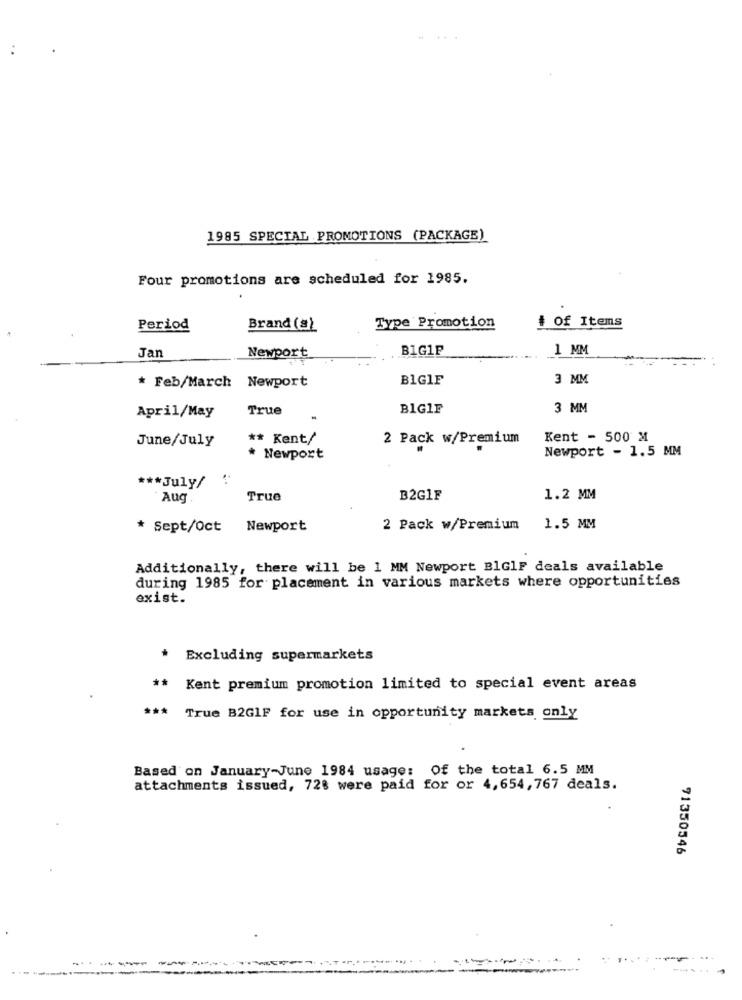
....
1985 SPECIAL PROMOTIONS (PACKAGE)
Four promotions are scheduled for 1985.
Type Promotion
+ Of Items
Period
Brand (s)
Jan
BIG1P
1 MM
Newport
B1GIF
3 MM
* Feb/March Newport
True
BIGIF
3 MM
April/May
June/July
** Kent/
2 Pack w/Premium
Kent - 500 M
Newport - 1.5 MM
* Newport
*** July/
Aug
True
B2G1F
1.2 MM
* Sept/Oct
Newport
2 Pack w/Premium
1.5 MM
Additionally, there will be 1 MM Newport BlGlF deals available
during 1985 for placement in various markets where opportunities
exist.
* Excluding supermarkets
** Kent premium promotion limited to special event areas
***
True B2GIF for use in opportunity markets only
Based on January-June 1984 usage: Of the total 6.5 MM
attachments issued, 728 were paid for or 4,654,767 deals.
71350346